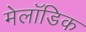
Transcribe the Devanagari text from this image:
मेलॉडिक